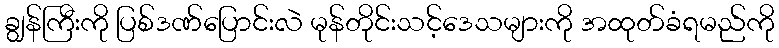
ချွန်ကြီးကို ပြစ်ဒဏ်ပြောင်းလဲ မုန်တိုင်းသင့်ဒေသများကို အထုတ်ခံရမည်ကို